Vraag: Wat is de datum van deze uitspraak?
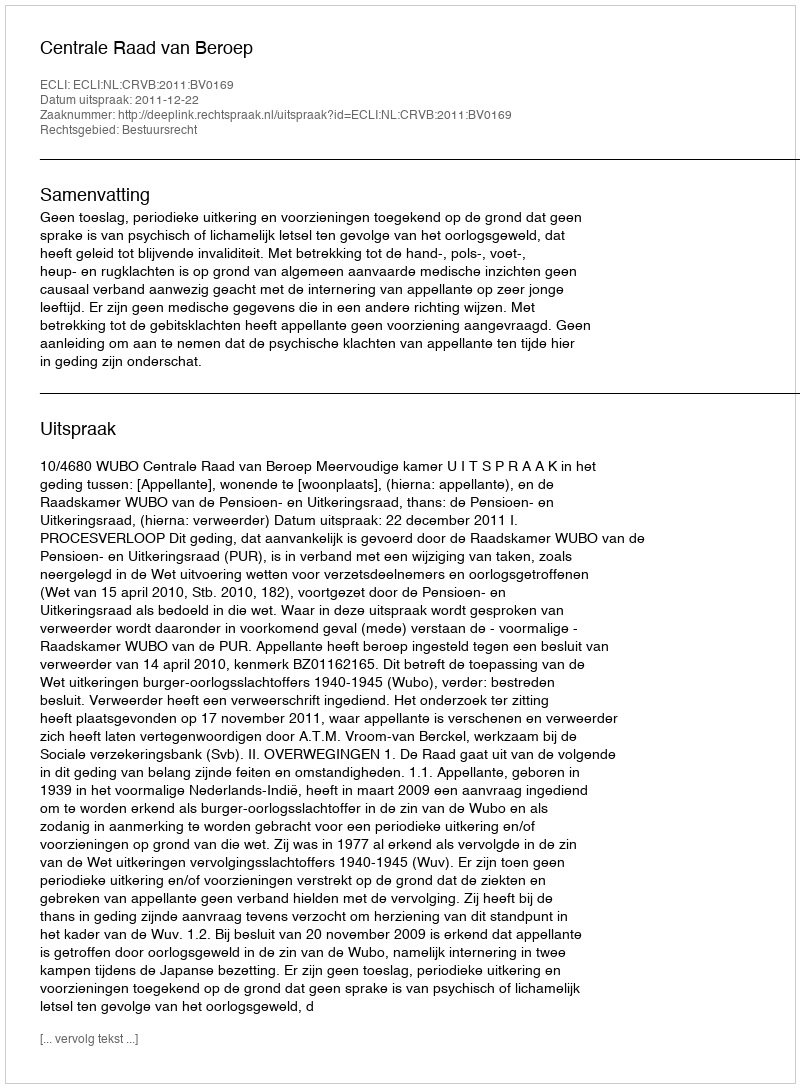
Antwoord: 2011-12-22